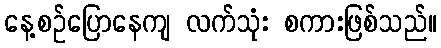
နေ့စဉ်ပြောနေကျ လက်သုံး စကားဖြစ်သည်။